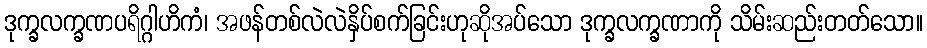
ဒုက္ခလက္ခဏပရိဂ္ဂါဟိကံ၊ အဖန်တစ်လဲလဲနှိပ်စက်ခြင်းဟုဆိုအပ်သော ဒုက္ခလက္ခဏာကို သိမ်းဆည်းတတ်သော။